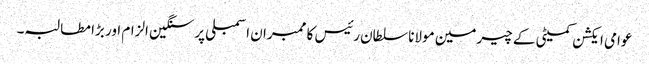
عوامی ایکشن کمیٹی کے چیرمین مولانا سلطان رئیس کا ممبران اسمبلی پر سنگین الزام اور بڑا مطالبہ۔